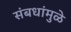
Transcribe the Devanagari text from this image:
संबधांमुळे